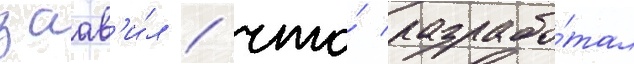
заав'и́л / что́ разрабо́тал